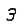
Digit: 3